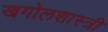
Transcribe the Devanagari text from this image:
खगोलशास्‍त्री